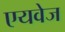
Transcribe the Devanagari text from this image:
एयवेज